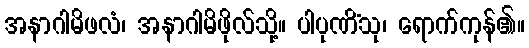
အနာဂါမိဖလံ၊ အနာဂါမိဖိုလ်သို့။ ပါပုဏိံသု၊ ရောက်ကုန်၏။